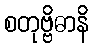
စတုဗ္ဗိဓာနိ